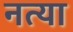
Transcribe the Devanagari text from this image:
नत्या